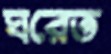
ঘরেত